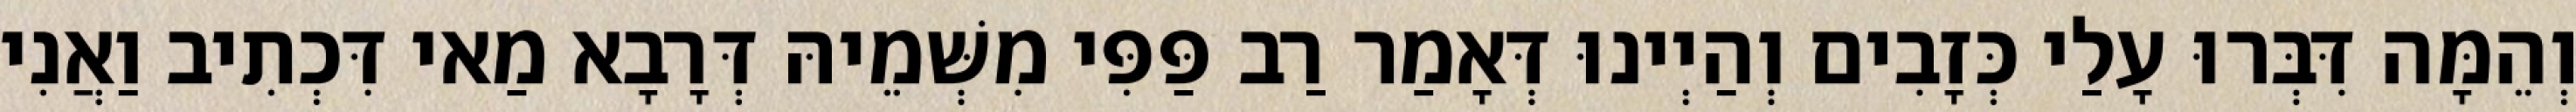
וְהֵמָּה דִּבְּרוּ עָלַי כְּזָבִים וְהַיְינוּ דְּאָמַר רַב פַּפִּי מִשְּׁמֵיהּ דְּרָבָא מַאי דִּכְתִיב וַאֲנִי